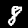
Digit: 8